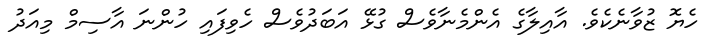
ހެޔޮ ޒުވާނެކެވެ. އާއިލާގެ އެންމެނާވެސް ގުޅޭ އަބަދުވެސް ހެވިފައި ހުންނަ އާސިމް މިއަދު